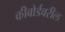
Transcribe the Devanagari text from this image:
कीबोर्डवरील